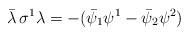
\begin{align*}\bar\lambda\,\sigma^1\lambda=-(\bar\psi_1\psi^1-\bar\psi_2\psi^2)\end{align*}